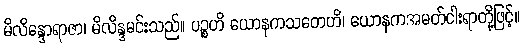
မိလိန္ဒောရာဇာ၊ မိလိန္ဒမင်းသည်။ ပဉ္စဟိ ယောနကသတေဟိ၊ ယောနကအမတ်ငါးရာတို့ဖြင့်။